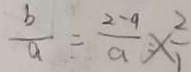
\frac { b } { a } = \frac { 2 - 9 } { a } \times \frac { 2 } { 1 }